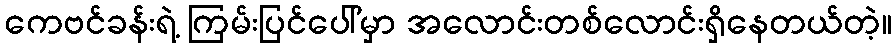
ကေဗင်ခန်းရဲ့ ကြမ်းပြင်ပေါ်မှာ အလောင်းတစ်လောင်းရှိနေတယ်တဲ့။